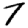
Digit: 7